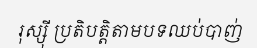
រុស្ស៊ី ប្រតិបត្តិតាមបទឈប់បាញ់